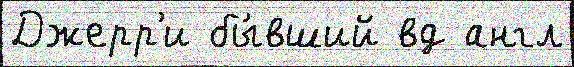
Джерр'и бы́вший вд англ